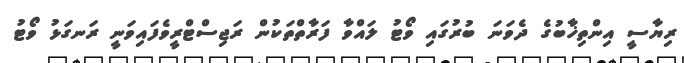
ރިޔާސީ އިންތިޚާބުގެ ދެވަނަ ބުރުގައި ވޯޓު ލައްވާ ފަރާތްތަކުން ރަޖިސްޓްރީވެފައިވަނީ ރަނގަޅު ވޯޓު